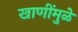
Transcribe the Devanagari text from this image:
खाणींमुळे